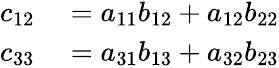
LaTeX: \begin{array}{rl}{c_{12}}&{{}={a_{11}}{b_{12}}+{a_{12}}{b_{22}}}\\ {c_{33}}&{{}={a_{31}}{b_{13}}+{a_{32}}{b_{23}}}\end{array}